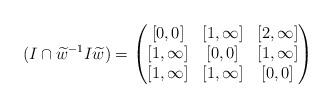
LaTeX: \begin{align*} (I \cap \widetilde{w}^{-1} I \widetilde{w}) = \begin{pmatrix} [0,0] & [1,\infty] & [2,\infty] \\ [1,\infty]& [0,0] & [1,\infty]\\ [1,\infty]& [1,\infty]&[0,0] \end{pmatrix} \end{align*}